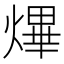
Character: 熚